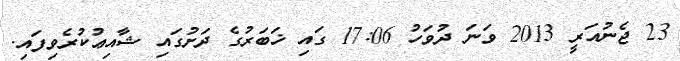
23 ޖެނުއަރީ 2013 ވަނަ ދުވަހު 17:06 ގައި ޚަބަރުގެ ދަށުގައި ޝާއިޢުކުރެވިފައި.